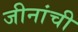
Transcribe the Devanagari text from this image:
जीनांची